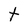
Character: t